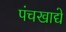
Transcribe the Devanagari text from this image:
पंचखाद्ये